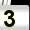
Digit: 3